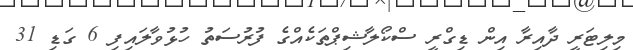
މިލިޓަރީ ދާއިރާ އިން ޑިގްރީ ސްކޯލާޝިޕްތަކެއްގެ ފުރުސަތު ހުޅުވާލައިފި 6 ގަޑި 31